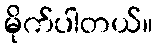
မိုက်ပါတယ်။